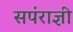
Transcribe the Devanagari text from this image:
सपंराज्ञी